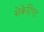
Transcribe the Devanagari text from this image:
सेक्रेट्रिएट